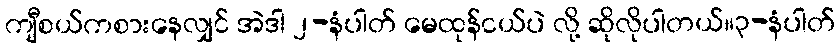
ကျီစယ်ကစားနေလျှင် အဲဒါ ၂-နံပါတ် မေထုန်ငယ်ပဲ လို့ ဆိုလိုပါတယ်။၃-နံပါတ်